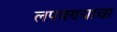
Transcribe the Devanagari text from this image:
लपवण्याचा